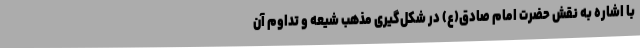
با اشاره به نقش حضرت امام صادق(ع) در شکل‌گیری مذهب شیعه و تداوم آن